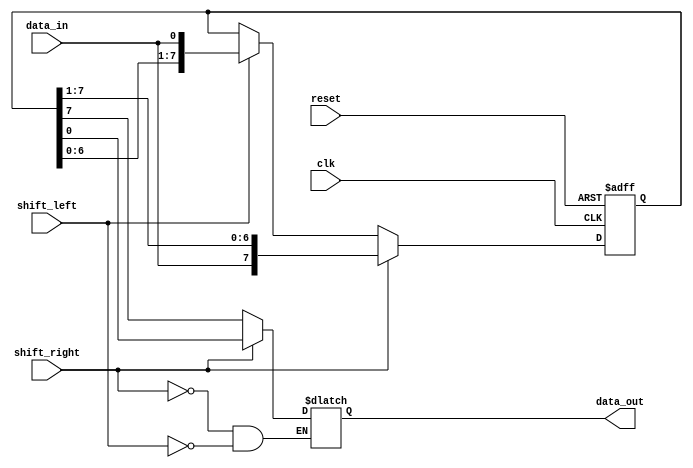
module bidirectional_shift_register(
    input clk,
    input reset,
    input shift_left,
    input shift_right,
    input data_in,
    output reg data_out
);

reg [7:0] internal_data;

always @ (posedge clk or posedge reset) begin
    if (reset) begin
        internal_data <= 8'b0;
    end else begin
        if (shift_left) begin
            internal_data <= {internal_data[6:0], data_in};
        end
        if (shift_right) begin
            internal_data <= {data_in, internal_data[7:1]};
        end
    end
end

always @* begin
    if (shift_left) begin
        data_out = internal_data[7];
    end
    if (shift_right) begin
        data_out = internal_data[0];
    end
end

endmodule